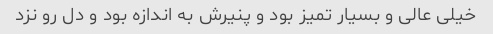
خیلی عالی و بسیار تمیز بود و پنیرش به اندازه بود و دل رو نزد